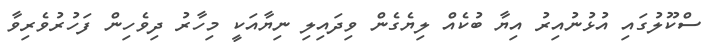
ސްކޫލުގައި އުޅުނުއިރު އިޔާ ބުކެއް ލިޔެގެން ވިދައިލި ނިޔާއަކީ މިހާރު ދިވެހިން ފަހުރުވެރިވާ